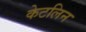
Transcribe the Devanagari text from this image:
केटलिन